Investigations on Bengal jail dietaries - Number 37
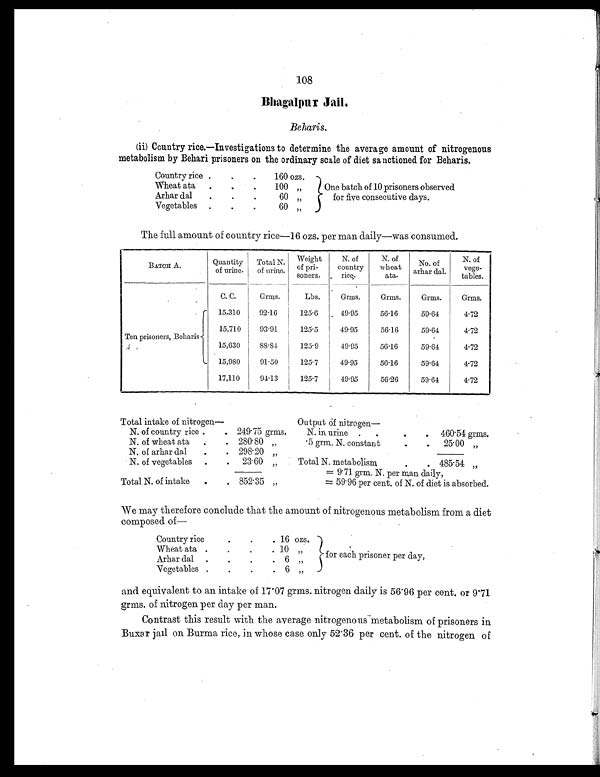
108
Bhagalpur Jail.
Beharis.
(ii) Country rice.—Investigations to determine the average amount of nitrogenous
metabolism by Behari prisoners on the ordinary scale of diet sanctioned for Beharis.
Country rice
. .
.
1 6 0
o z s .
One batch of 10 prisoners observed
for five consecutive days.
Wheat ata
.
.
. 100 ,,
Arhar dal
.
.
. 60 „
Vegetables
. .
.
6 0 „
The full amount of country rice—16 ozs. per man daily—was consumed.
BATCH A.
Quantity
of urine.
Total N.
of urine.
Weight
of pri-
soners.
N. of
country
r i ce.
N. of
wheat
ata.
No. of
arhar dal.
N. of
vege-
tables.
C. C.
Grms.
Lbs.
Grms.
Grms.
Grms.
Grms.
Ten prisoners, Beharis
15,310
92.16
125.6
49.95
56.16
59.64
4.72
15,710
93.91
125.5
49.95
56.16
59.64
4.72
15,630
8 8 . 8 4
125.9
49.95
56.16
59.64
4.72
15,980
91.50
125.7
49.95
56.16
59.64
4.72
17,110
94.13
125.7
49.95
56.26
59.64
4.72
Total intake of nitrogen—
Output of nitrogen
—
N. of country rice .
. 249.75 grms.
N. in urine
.
.
.
. 460.54 grms.
N. of wheat ata
. . 280.80 „
.5 grm. N. constant
.
. 25.00
„
N. of arhar dal
.
. 298.20 „
N. of vegetables
.
. 23.60 ,,
Total N. metabolism
.
. 485.54 „
= 9.71 grm. N. per man daily,
= 59.96 per cent. of N. of diet is absorbed.
Total N. of intake
.
. 852.35 „
We may therefore conclude that the amount of nitrogenous metabolism from a diet
composed of
—
Country rice
.
.
. 16 ozs.
for each prisoner per day,
Wheat ata
.
.
.
. 10
„
Arhar dal
.
.
. . 6
„
Vegetables
.
.
. . 6
„
and equivalent to an intake of 17.07 grms. nitrogen daily is 56.96 per cent, or 9.71
grms. of nitrogen per day per man.
Contrast this result with the average nitrogenous metabolism of prisoners in
Buxar jail on Burma rice, in whose case only 52.36 per cent. of the nitrogen of